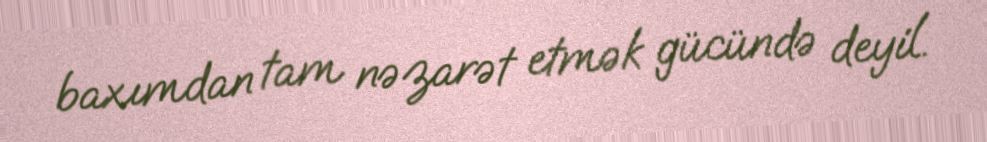
baxımdan tam nəzarət etmək gücündə deyil.